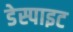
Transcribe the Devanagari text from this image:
डेस्पाइट